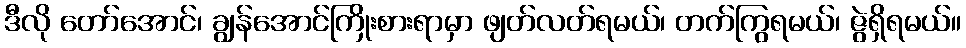
ဒီလို တော်အောင်၊ ချွန်အောင်ကြိုးစားရာမှာ ဖျတ်လတ်ရမယ်၊ တက်ကြွရမယ်၊ ဇွဲရှိရမယ်။